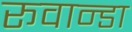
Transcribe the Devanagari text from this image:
रूवान्डा